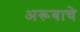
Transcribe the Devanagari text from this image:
अरूबाचे